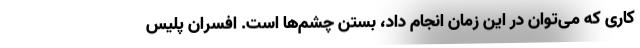
کاری که می‌توان در این زمان انجام داد، بستن چشم‌ها است. افسران پلیس